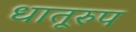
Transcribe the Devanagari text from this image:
धातूरुप